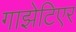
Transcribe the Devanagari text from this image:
गाझेटिएर